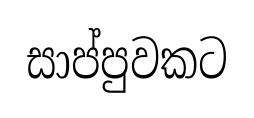
සාප්පුවකට